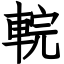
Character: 輐